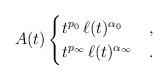
LaTeX: \begin{align*}A(t)\begin{cases}t^{p_0}\,\ell(t)^{\alpha_0}&,\\t^{p_\infty}\,\ell(t)^{\alpha_\infty}&.\end{cases}\end{align*}